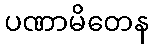
ပဏာမိတေန